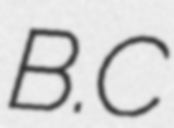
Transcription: B.C